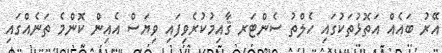
އޭރު ބައެއް އަތޮޅުތަކުގައި ހެލްތު ސެންޓަރ ޤާއިމުކުރެވިފައި ވިޔަސް އެއިން ކޮންމެ ތަނެއްގައި